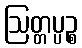
ဩတ္တပ္ပဉ္စ